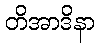
တိအာဒိနာ